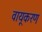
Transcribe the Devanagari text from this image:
वायूकरण